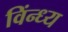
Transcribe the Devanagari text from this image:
विंन्ध्य